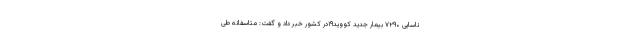
ناسایی ۷۲۹۰ بیمار جدید کووید۱۹در کشور خبر داد و گفت: متاسفانه طی